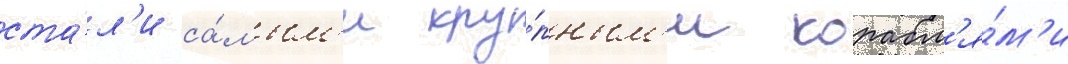
ста́л'и са́мым'и кру́пным'и корабл'я́м'и